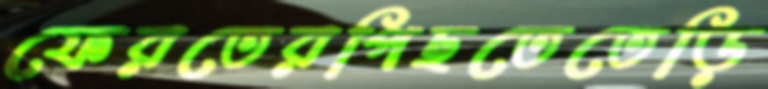
ফেরতেরপিছতেতেড়ি